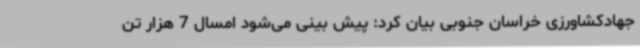
جهادکشاورزی خراسان جنوبی بیان کرد: پیش بینی می‌شود امسال 7 هزار تن